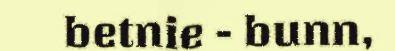
betnie - bunn,